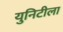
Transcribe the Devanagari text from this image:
युनिटीला